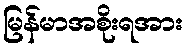
မြန်မာအစိုးရအား